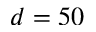
d = 5 0